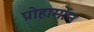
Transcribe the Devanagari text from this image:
प्रोहार्मोन